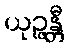
ယုဉ္ဇန္တီ